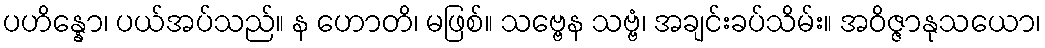
ပဟိန္နော၊ ပယ်အပ်သည်။ န ဟောတိ၊ မဖြစ်။ သဗ္ဗေန သဗ္ဗံ၊ အချင်းခပ်သိမ်း။ အဝိဇ္ဇာနုသယော၊